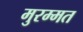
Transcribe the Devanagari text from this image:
मुरम्मत